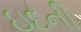
ઇદની